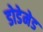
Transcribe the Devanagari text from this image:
डोडेमेड